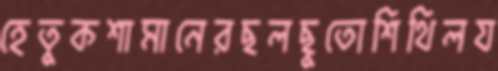
হেতুকশামানেরছলছুতোশিথিলয